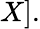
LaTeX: X].